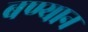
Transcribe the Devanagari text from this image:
बण्यान